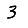
Digit: 3